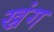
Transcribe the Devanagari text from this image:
ख्रंग